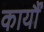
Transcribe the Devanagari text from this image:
कार्यौं